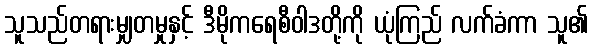
သူသည်တရားမျှတမှုနှင့် ဒီမိုကရေစီဝါဒတို့ကို ယုံကြည် လက်ခံကာ သူ၏